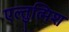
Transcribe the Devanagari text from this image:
एल्तुत्मिश